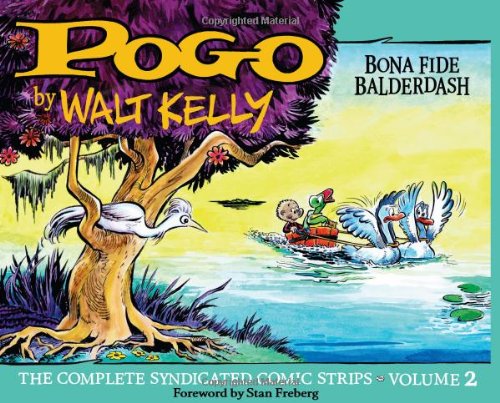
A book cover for Pogo: Bona Fide Balderdash (Vol. 2)  (Walt Kelly's Pogo); Walt Kelly; Comics & Graphic Novels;